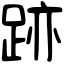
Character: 跡